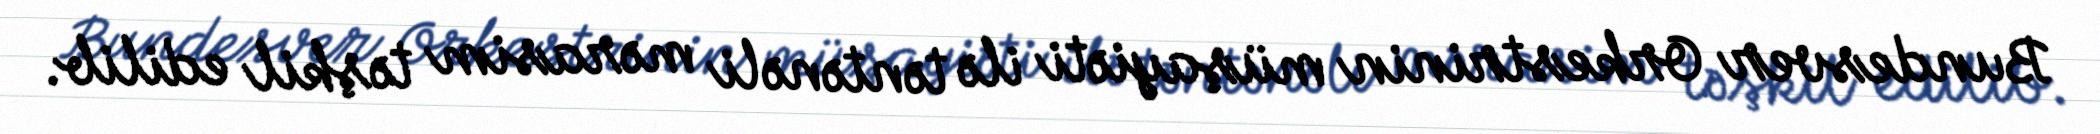
Bundesver Orkestrinin müşayiəti ilə təntənəli mərasim təşkil edilib.